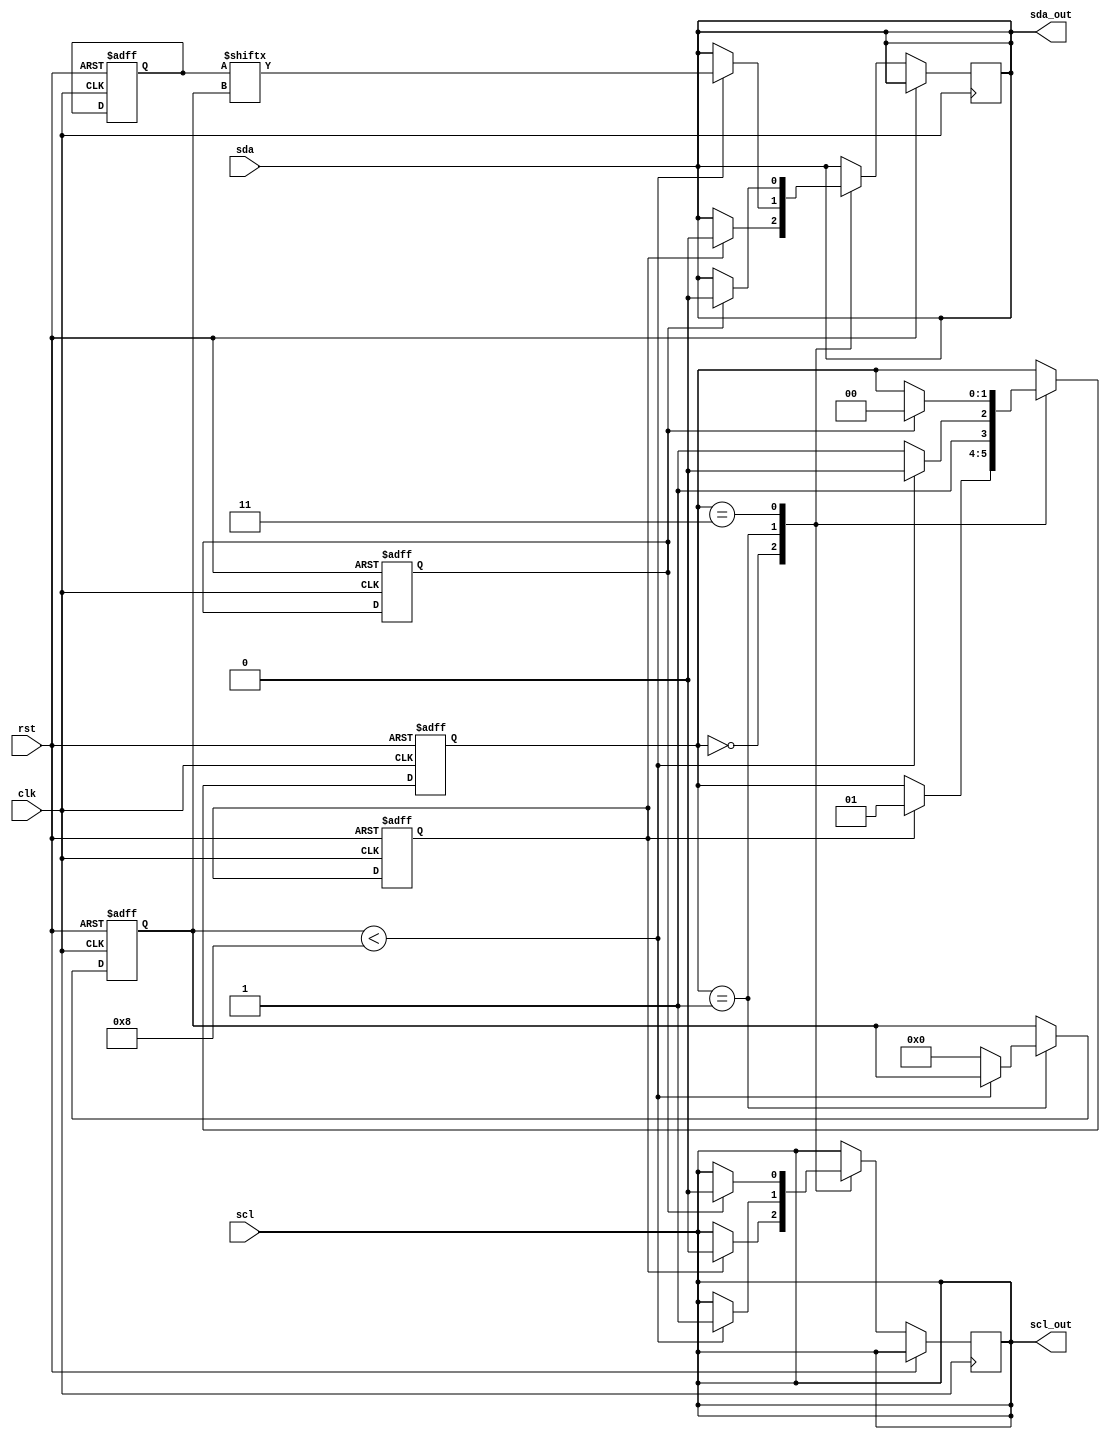
module i2c_controller (
    input wire clk,
    input wire rst,
    input wire scl,
    input wire sda,
    output reg scl_out,
    output reg sda_out
);

reg [7:0] bit_counter;
reg [7:0] data_reg;
reg [1:0] state;
reg start_condition;
reg stop_condition;

assign scl_out = scl;
assign sda_out = sda;

// State machine to manage timing control and synchronization for I2C bus
always @(posedge clk or posedge rst) begin
    if (rst) begin
        bit_counter <= 8'b0;
        data_reg <= 8'b0;
        state <= 2'b00;
        start_condition <= 1'b0;
        stop_condition <= 1'b0;
    end else begin
        case (state)
            // Start condition
            2'b00: begin
                if (start_condition) begin
                    scl_out <= 1'b0;
                    sda_out <= 1'b0;
                    state <= 2'b01;
                end
            end
            // Data transmission
            2'b01: begin
                if (bit_counter < 8) begin
                    scl_out <= 1'b1;
                    sda_out <= data_reg[bit_counter];
                    state <= 2'b10;
                end else begin
                    bit_counter <= 8'b0;
                    state <= 2'b11;
                end
            end
            // Stop condition
            2'b11: begin
                if (stop_condition) begin
                    scl_out <= 1'b0;
                    sda_out <= 1'b0;
                    state <= 2'b00;
                end
            end
        endcase
    end
end

endmodule